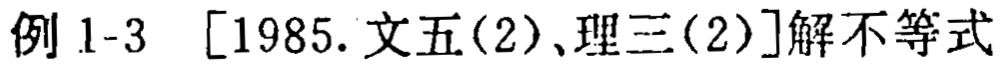
例 1-3 [1985. 文五(2)、理三(2)]解不等式